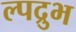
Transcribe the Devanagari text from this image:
ल्पद्रुभ